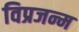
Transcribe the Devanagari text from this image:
विप्रजन्म